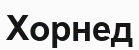
Хорнед